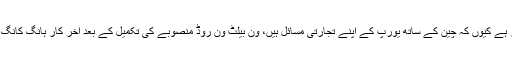
معاملہ اس سے بھی بڑھ کر ہے کیوں کہ چین کے ساتھ یورپ کے اپنے تجارتی مسائل ہیں، ون بیلٹ ون روڈ منصوبے کی تکمیل کے بعد آخر کار ہانگ کانگ بھی غیر متعلق ہوجائے گا۔